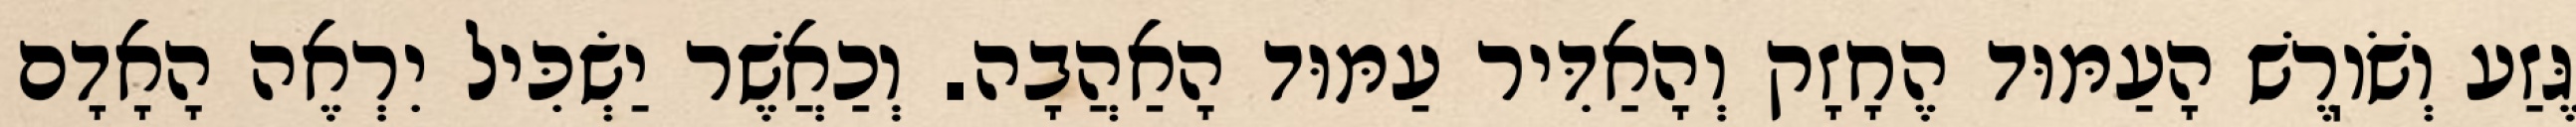
גֶּזַע וְשֹׁוֽרֶשׁ הָעַמּוּד הֶחָזָק וְהָאַדִּיר עַמּוּד הָאַהֲבָה. וְכַאֲשֶׁר יַשְׂכִּיל יִרְאֶה הָאָדָם